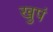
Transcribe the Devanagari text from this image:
खुपं